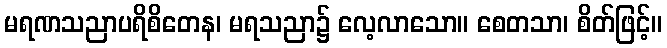
မရဏသညာပရိစိတေန၊ မရသညာ၌ လေ့လာသော။ စေတသာ၊ စိတ်ဖြင့်။